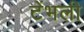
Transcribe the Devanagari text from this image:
टेंभली